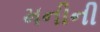
મનીની